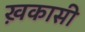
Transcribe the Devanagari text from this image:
ख़कासी